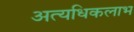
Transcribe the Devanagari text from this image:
अत्यधिकलाभ